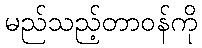
မည်သည့်တာဝန်ကို